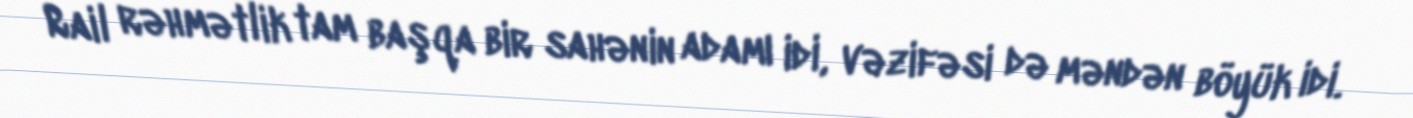
Rail rəhmətlik tam başqa bir sahənin adamı idi, vəzifəsi də məndən böyük idi.